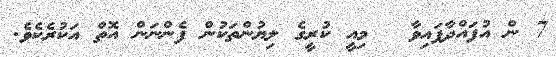
7 ން އުފައްދާފައިވާ ޱ މިއީ ކުރީގެ ލިޔުންތަކުން ފެންނަން އޮތް އަކުރެކެވެ.